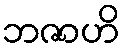
ဘဇာဟိ